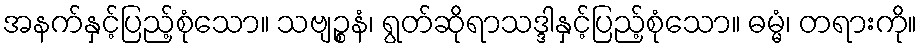
အနက်နှင့်ပြည့်စုံသော။ သဗျဉ္စနံ၊ ရွတ်ဆိုရာသဒ္ဒါနှင့်ပြည့်စုံသော။ ဓမ္မံ၊ တရားကို။